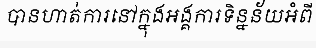
បានហាត់ការនៅក្នុងអង្គការទិន្នន័យអំពី